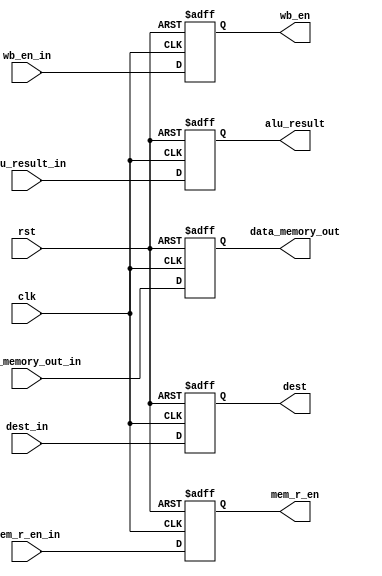
module MEM_Stage_Reg (
  input             clk,
  input             rst,

  input             wb_en_in,
  input             mem_r_en_in,
  input [31:0]      alu_result_in,
  input [31:0]      data_memory_out_in,
  input [3:0]       dest_in,

  output reg        wb_en,
  output reg        mem_r_en,
  output reg [31:0] alu_result,
  output reg [31:0] data_memory_out,
  output reg [3:0]  dest
  );

  always @ (posedge clk, posedge rst) begin
    if (rst) begin
      wb_en <= 1'b0;
      mem_r_en <= 1'b0;
      alu_result <= 32'b00000000000000000000000000000000;
      data_memory_out <= 32'b00000000000000000000000000000000;
      dest <= 4'b0000;
    end else begin
      wb_en <= wb_en_in;
      mem_r_en <= mem_r_en_in;
      alu_result <= alu_result_in;
      data_memory_out <= data_memory_out_in;
      dest <= dest_in;
    end
  end

endmodule